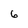
Character: 6